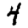
Digit: 4